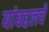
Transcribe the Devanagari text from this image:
यांबद्दलचे